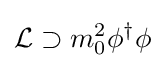
{\mathcal {L}}\supset m_{0}^{2}\phi ^{\dagger }\phi